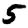
Digit: 5